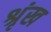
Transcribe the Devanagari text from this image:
श्रृंख